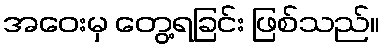
အဝေးမှ တွေ့ရခြင်း ဖြစ်သည်။